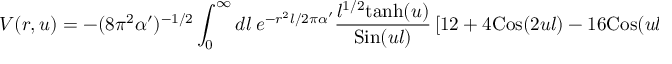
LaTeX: V ( r , u ) = - ( 8 \pi ^ { 2 } \alpha ^ { \prime } ) ^ { - 1 / 2 } \int _ { 0 } ^ { \infty } d l ~ e ^ { - r ^ { 2 } l / 2 \pi \alpha ^ { \prime } } { \frac { l ^ { 1 / 2 } \mathrm { t a n h } ( u ) } { \mathrm { S i n } ( u l ) } } \left[ 1 2 + 4 \mathrm { C o s } ( 2 u l ) - 1 6 \mathrm { C o s } ( u l ) \right] \quad .